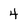
Character: 4